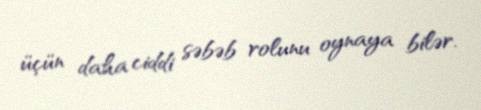
üçün daha ciddi səbəb rolunu oynaya bilər.